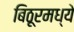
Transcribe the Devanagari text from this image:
बिठूरमध्ये